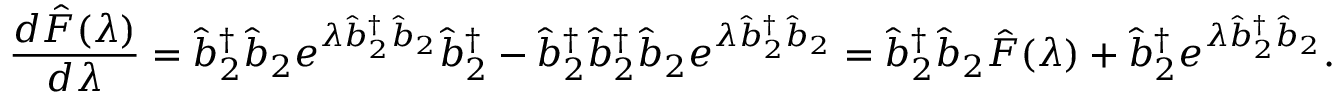
\frac { d \hat { F } ( \lambda ) } { d \lambda } = \hat { b } _ { 2 } ^ { \dagger } \hat { b } _ { 2 } e ^ { \lambda \hat { b } _ { 2 } ^ { \dagger } \hat { b } _ { 2 } } \hat { b } _ { 2 } ^ { \dagger } - \hat { b } _ { 2 } ^ { \dagger } \hat { b } _ { 2 } ^ { \dagger } \hat { b } _ { 2 } e ^ { \lambda \hat { b } _ { 2 } ^ { \dagger } \hat { b } _ { 2 } } = \hat { b } _ { 2 } ^ { \dagger } \hat { b } _ { 2 } \hat { F } ( \lambda ) + \hat { b } _ { 2 } ^ { \dagger } e ^ { \lambda \hat { b } _ { 2 } ^ { \dagger } \hat { b } _ { 2 } } .